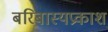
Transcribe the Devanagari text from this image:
बरिबास्यप्रकाश